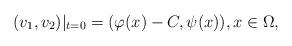
LaTeX: \begin{align*}(v_1,v_2)|_{t=0}=(\varphi(x)-C,\psi(x)),x\in\Omega,\end{align*}